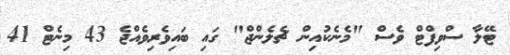
ޓޭލާ ސްވިފްޓް ވެސް "މެނެކުއިން ޗެލެންޖް" ގައި ބައިވެރިވެއްޖެ 43 މިނެޓް 41